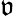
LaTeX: \mathfrak{v}